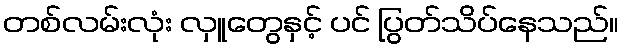
တစ်လမ်းလုံး လှူတွေနှင့် ပင် ပြွတ်သိပ်နေသည်။